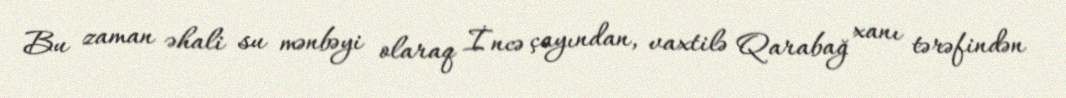
Bu zaman əhali su mənbəyi olaraq İncə çayından, vaxtilə Qarabağ xanı tərəfindən